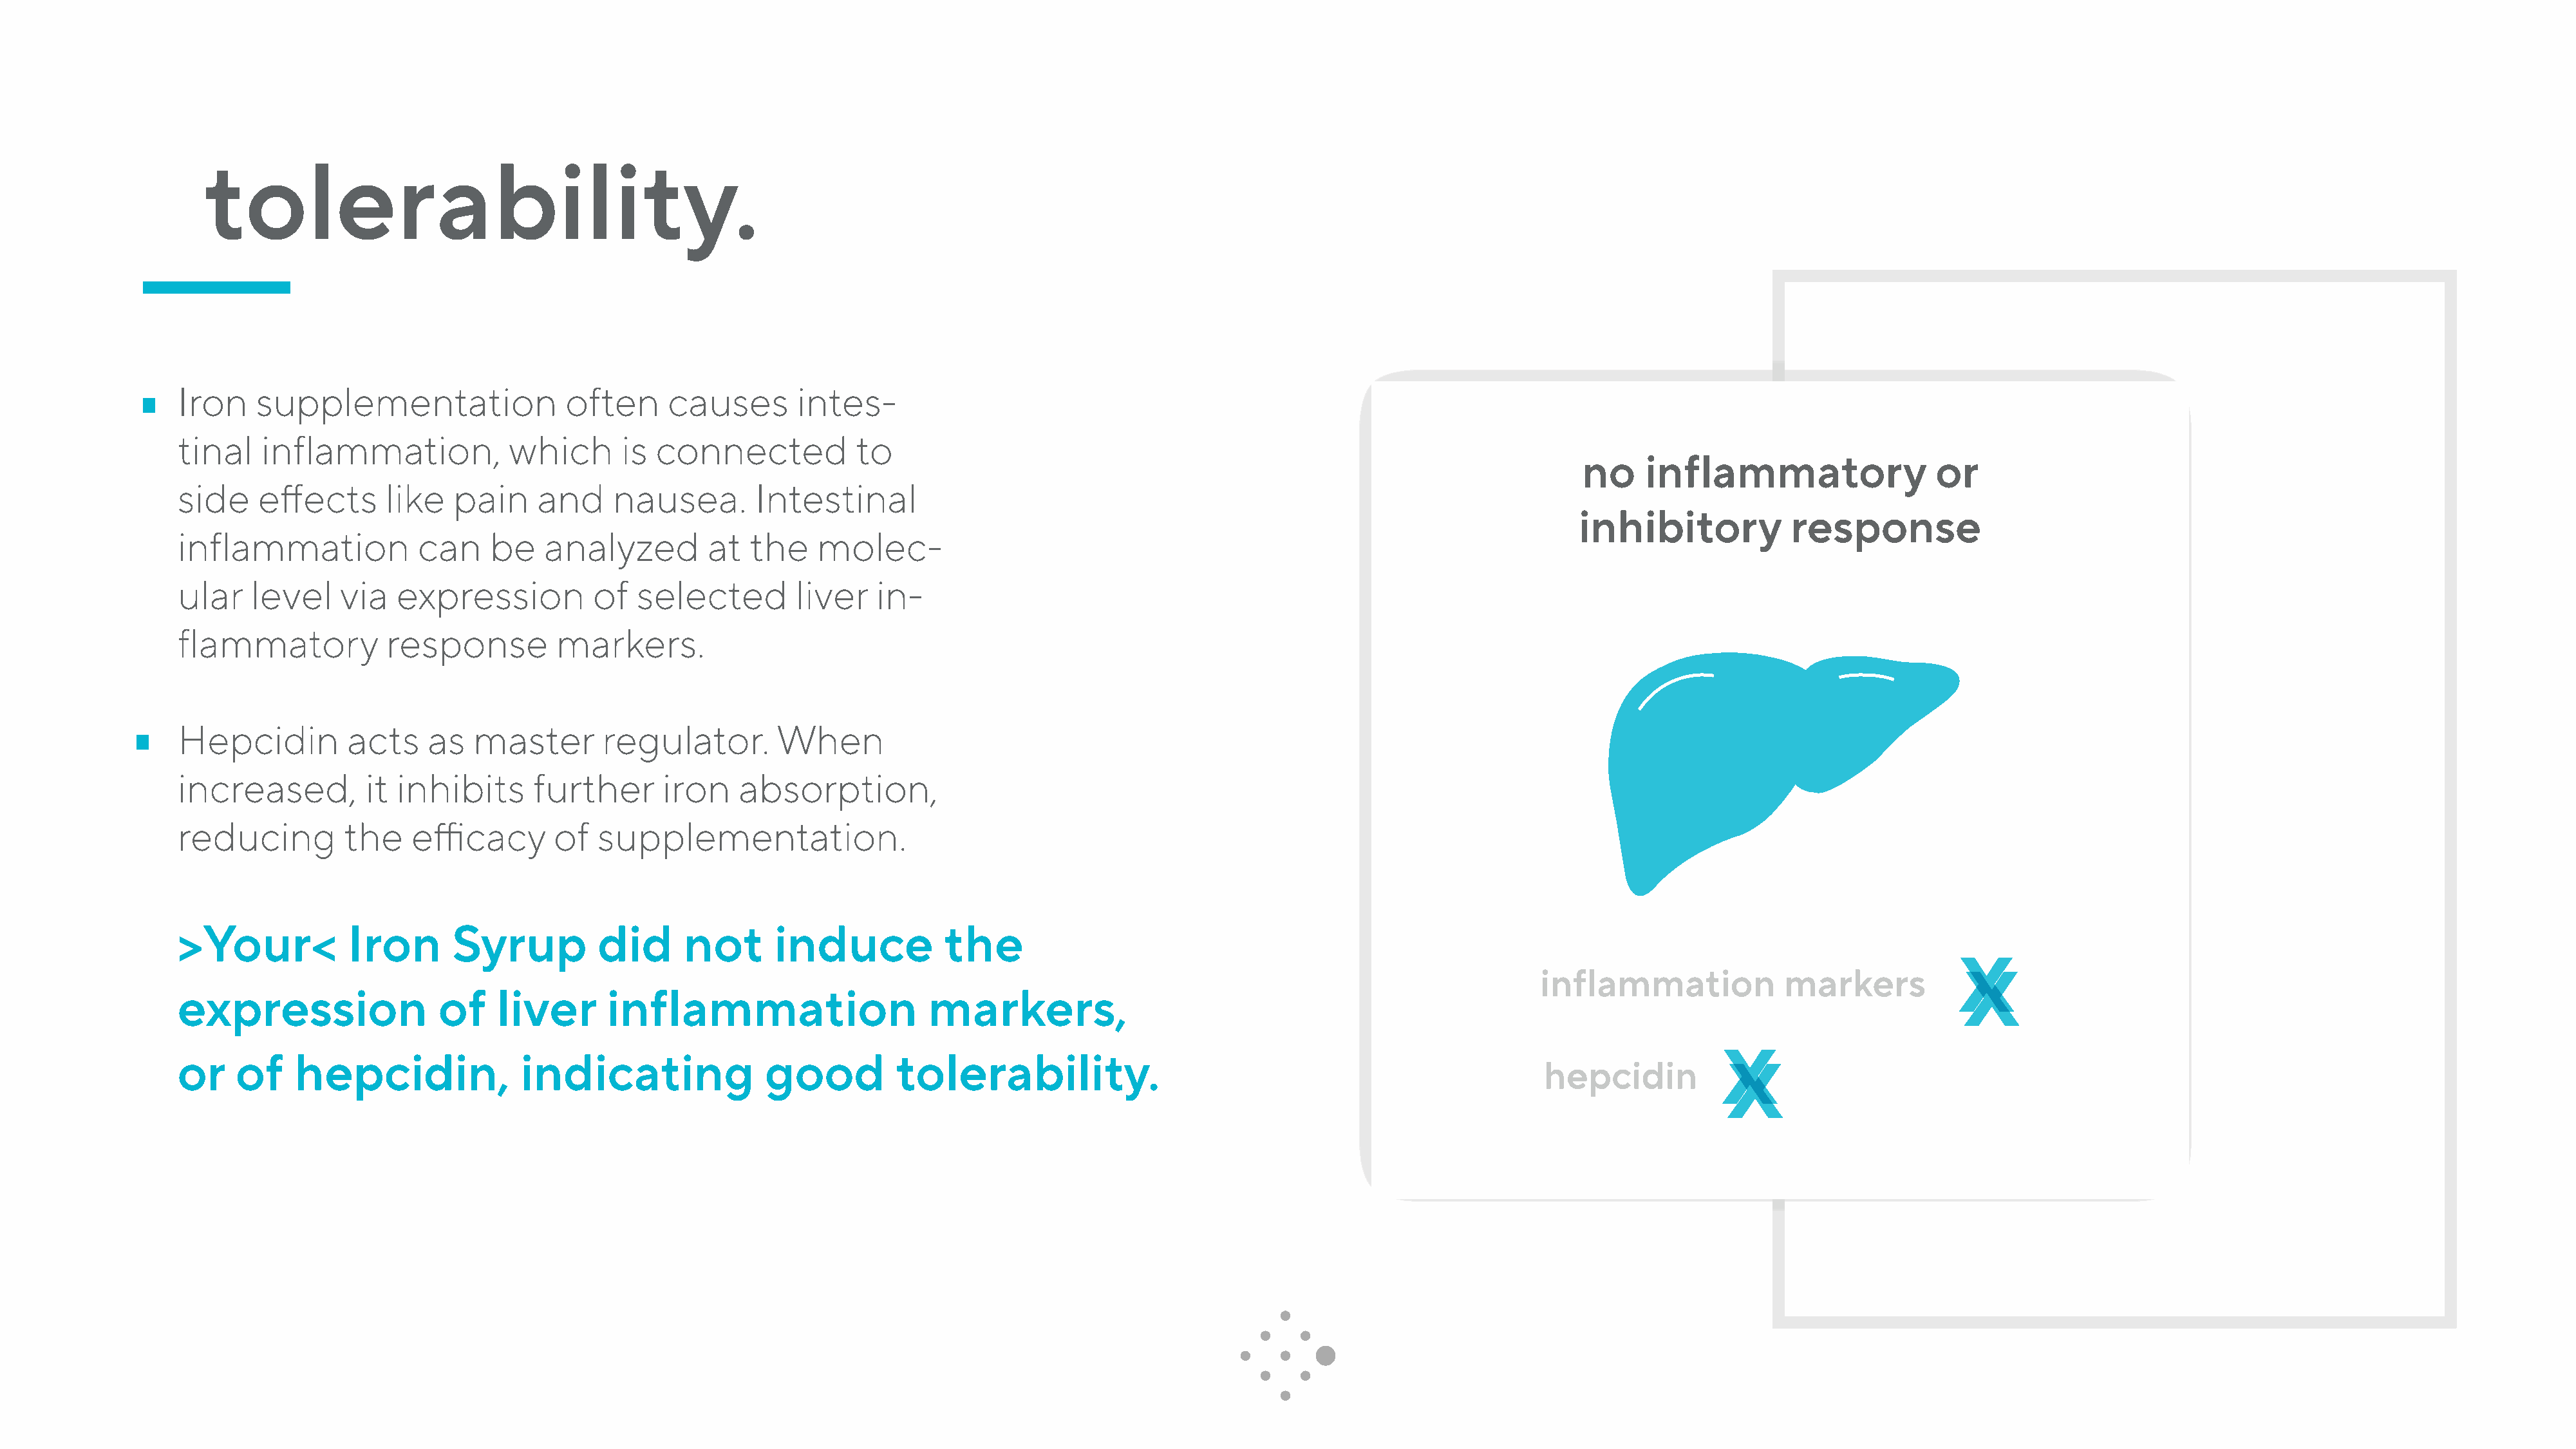
tolerability.
 Iron    supplementation                 often      causes       intes-
 tinal    inflammation,            which       is connected            to
 no    inflammatory                  or
 side     effects      like   pain    and     nausea.        Intestinal
 inhibitory            response
 inflammation             can    be    analyzed         at  the    molec-
 ular    level    via   expression          of  selected         liver   in-
 flammatory            response         markers.
 Hepcidin          acts    as   master       regulator.        When
 increased,          it inhibits      further      iron    absorption,
 reducing         the    efficacy       of  supplementation.
 >Your<            Iron      Syrup          did      not       induce           the
 x
 x
 inflammation             markers
 expression                 of    liver      inflammation                     markers,
 x
 x
 or    of    hepcidin,              indicating                good         tolerability.
 hepcidin